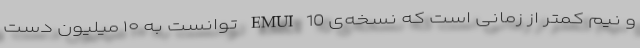
و نیم کمتر از زمانی است که نسخه‌ی EMUI 10 توانست به ۱۰ میلیون دست